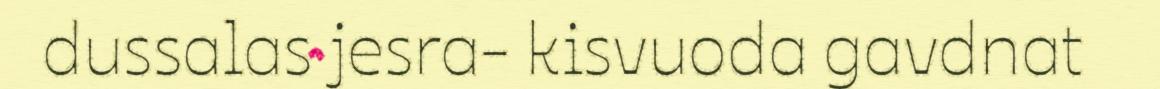
dussalas jesra- kisvuoda gavdnat